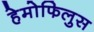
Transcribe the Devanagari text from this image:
हेमोफिलुस